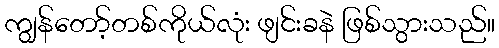
ကျွန်တော့်တစ်ကိုယ်လုံး ဖျင်းခနဲ ဖြစ်သွားသည်။